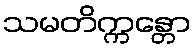
သမတိက္ကန္တော